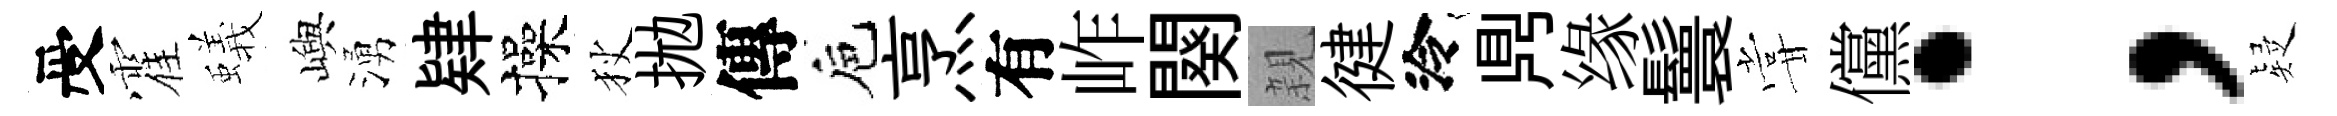
受霍蟻嶼湧肄操狄拋傳巵烹有岞闋親徤泠𪔂缘鬟甞儻；疑